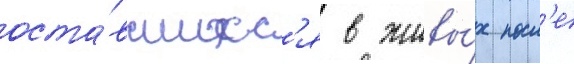
оста́вшихс'я в живы́х посл'е